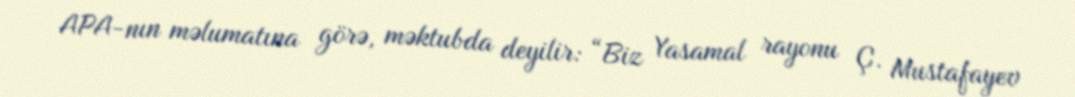
APA-nın məlumatına görə, məktubda deyilir: “Biz Yasamal rayonu Ç. Mustafayev